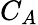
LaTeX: C_{A}